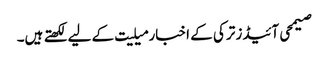
صیمحی آئیڈز ترکی کے اخبار میلیت کے لیے لکھتے ہیں۔